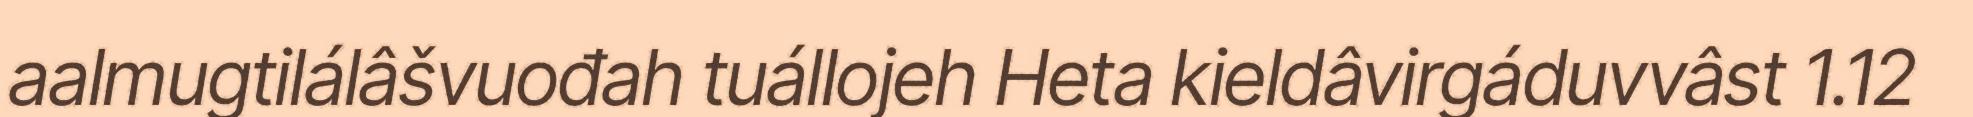
aalmugtilálâšvuođah tuállojeh Heta kieldâvirgáduvvâst 1.12